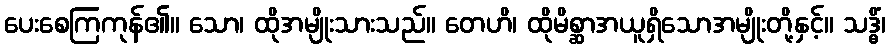
ပေးစေကြကုန်၏။ သော၊ ထိုအမျိုးသားသည်။ တေဟိ၊ ထိုမိစ္ဆာအယူရှိသောအမျိုးတို့နှင့်။ သဒ္ဓိံ၊